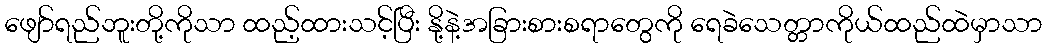
ဖျော်ရည်ဘူးတို့ကိုသာ ထည့်ထားသင့်ပြီး နို့နဲ့အခြားစားစရာတွေကို ရေခဲသေတ္တာကိုယ်ထည်ထဲမှာသာ